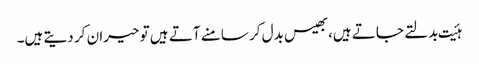
ہئیت بدلتے جاتے ہیں،بھیس بدل کر سامنے آتے ہیں تو حیران کر دیتے ہیں۔